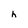
Character: h